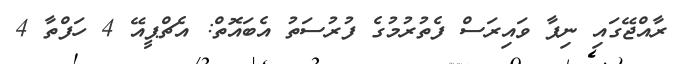
ރާއްޖޭގައި ނިޕާ ވައިރަސް ފެތުރުމުގެ ފުރުސަތު އެބައޮތް: އެޗްޕީއޭ 4 ހަފްތާ 4